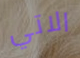
الاتي